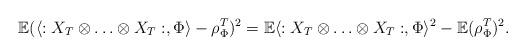
LaTeX: \begin{align*}\mathbb{E}(\langle :X_T\otimes \ldots \otimes X_T:,\Phi \rangle -\rho_{\Phi}^T)^2=\mathbb{E}\langle :X_T\otimes \ldots \otimes X_T:,\Phi \rangle^2-\mathbb{E}(\rho_{\Phi}^T)^2.\end{align*}